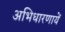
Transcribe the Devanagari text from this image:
अभिधारणायें